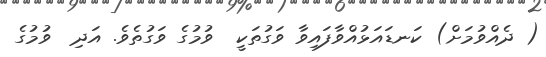
( ދެއްވުމަށް) ކަނޑައަޅުއްވާފައިވާ ވަގުތަކީ  ވުމުގެ ވަގުތެވެ. އަދި  ވުމުގެ